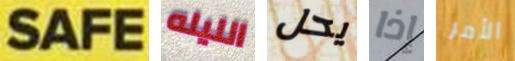
SAFE الليله يحل إذا الأمر